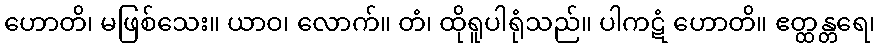
ဟောတိ၊ မဖြစ်သေး။ ယာဝ၊ လောက်။ တံ၊ ထိုရူပါရုံသည်။ ပါကဋံ ဟောတိ။ ဧတ္ထန္တရေ၊